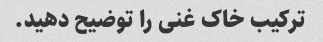
ترکیب خاک غنی را توضیح دهید.